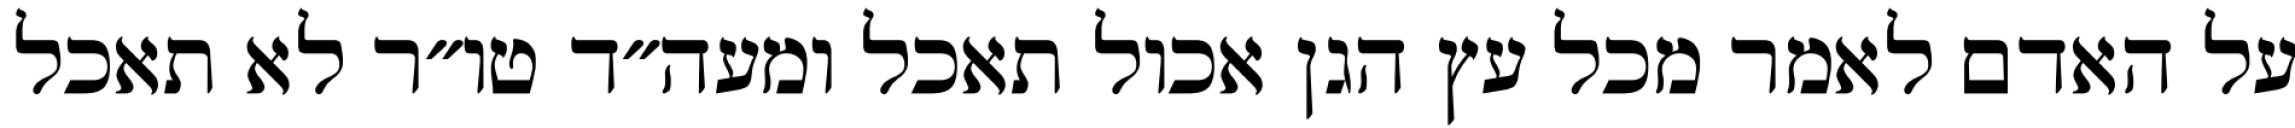
על האדם לאמר מכל עץ הגן אכול תאכל ומעה״ד טו״ר לא תאכל